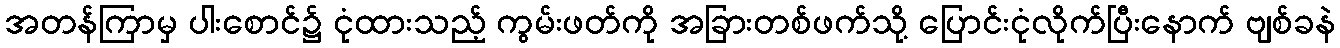
အတန်ကြာမှ ပါးစောင်၌ ငုံထားသည့် ကွမ်းဖတ်ကို အခြားတစ်ဖက်သို့ ပြောင်းငုံလိုက်ပြီးနောက် ဗျစ်ခနဲ